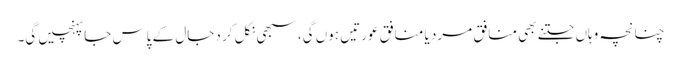
چنانچہ وہاں جتنے بھی منافق مرد یا منافق عورتیں ہوں گی، سبھی نکل کر دجال کے پاس جاپہنچیں گی۔